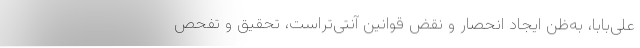
علی‌بابا، به‌ظن ایجاد انحصار و نقض قوانین آنتی‌تراست، تحقیق و تفحص